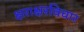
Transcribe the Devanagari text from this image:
क्षराक्षरविचार